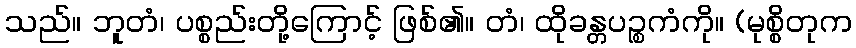
သည်။ ဘူတံ၊ ပစ္စည်းတို့ကြောင့် ဖြစ်၏။ တံ၊ ထိုခန္တပဉ္စကံကို။ (မုစ္စိတုက